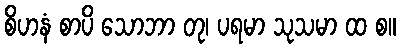
စိဟနံ စာပိ သောဘာ တု၊ ပရမာ သုသမာ ထ စ။